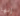
إنها